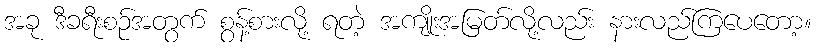
အခု ဒီခရီးစဉ်အတွက် စွန့်စားလို့ ရတဲ့ အကျိုးအမြတ်လို့လည်း နားလည်ကြပေတော့။